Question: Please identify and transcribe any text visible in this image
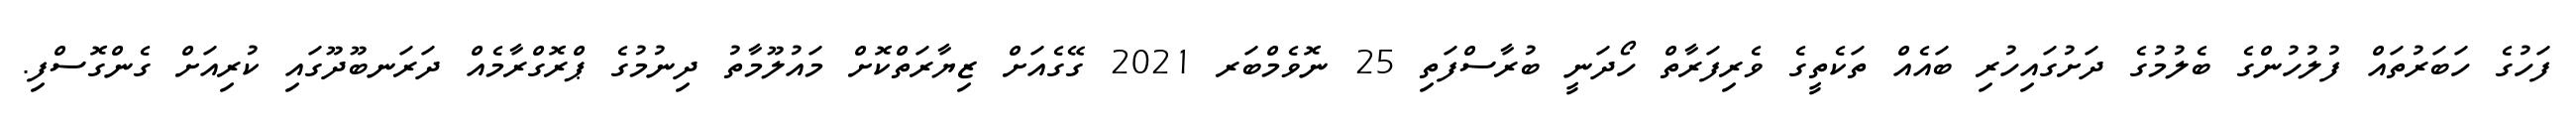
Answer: ފަހުގެ ހަބަރުތައް ފުލުހުންގެ ބެލުމުގެ ދަށުގައިހުރި ބައެއް ތަކެތީގެ ވެރިފަރާތް ހޯދަނީ ބުރާސްފަތި 25 ނޮވެމްބަރ 2021 ގޭގެއަށް ޒިޔާރަތްކޮށް މައުލޫމާތު ދިނުމުގެ ޕްރޮގްރާމެއް ދަރަނބޫދޫގައި ކުރިއަށް ގެންގޮސްފި.